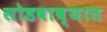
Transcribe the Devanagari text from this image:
सोडवाव्यात